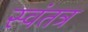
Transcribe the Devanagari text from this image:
स्‍वंतत्र